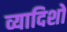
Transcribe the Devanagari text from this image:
व्यादिशो